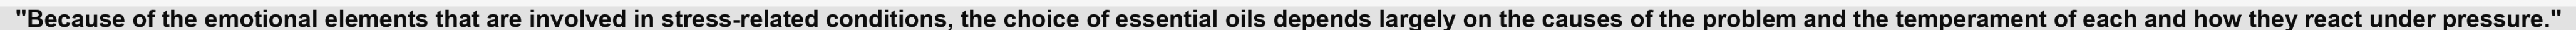
"Because of the emotional elements that are involved in stress-related conditions, the choice of essential oils depends largely on the causes of the problem and the temperament of each and how they react under pressure."